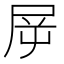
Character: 𡱞